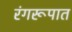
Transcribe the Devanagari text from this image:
रंगरूपात